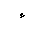
Letter: _hamza